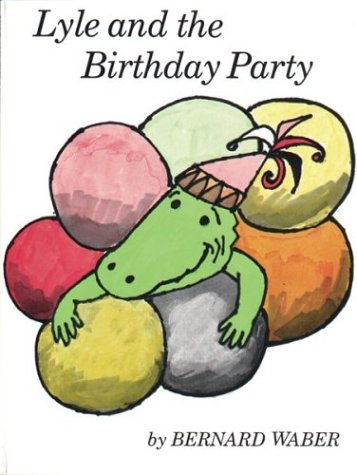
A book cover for Lyle and the Birthday Party (Lyle the Crocodile); Bernard Waber; Children's Books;